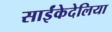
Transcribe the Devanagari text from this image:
साईंकेदेलिया